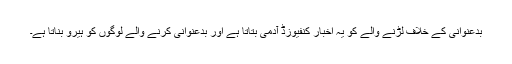
بدعنوانی کے خلاف لڑنے والے کو یہ اخبار کنفیوزڈ آدمی بتاتا ہے اور بدعنوانی کرنے والے لوگوں کو ہیرو بناتا ہے۔